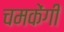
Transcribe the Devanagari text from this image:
चमकेंगी